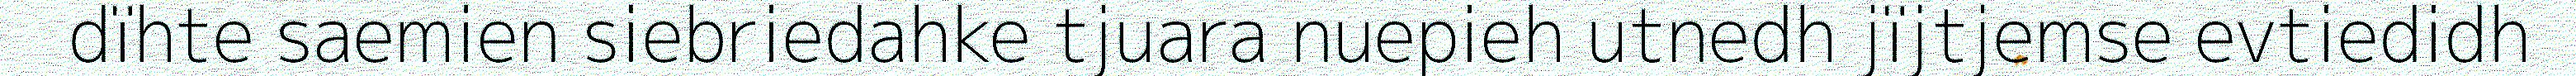
dïhte saemien siebriedahke tjuara nuepieh utnedh jïjtjemse evtiedidh